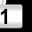
Digit: 1